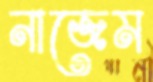
নাজেম